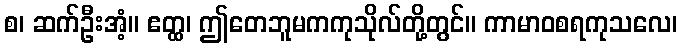
စ၊ ဆက်ဦးအံ့။ ဧတ္ထ၊ ဤတေဘူမကကုသိုလ်တို့တွင်။ ကာမာဝစရကုသလေ၊